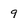
Character: 9